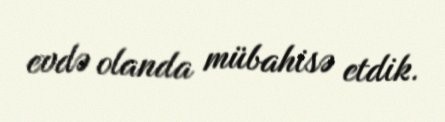
evdə olanda mübahisə etdik.